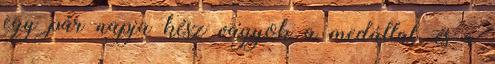
egy pár napja kész vagyok a medállal, és a